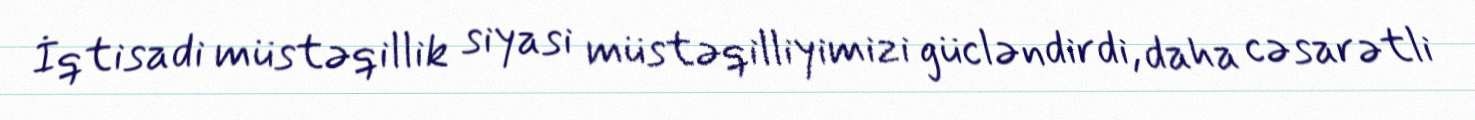
İqtisadi müstəqillik siyasi müstəqilliyimizi gücləndirdi, daha cəsarətli